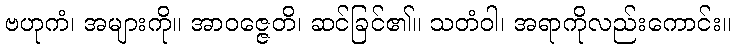
ဗဟုကံ၊ အများကို။ အာဝဇ္ဇေတိ၊ ဆင်ခြင်၏။ သတံဝါ၊ အရာကိုလည်းကောင်း။